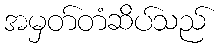
အမှတ်တံဆိပ်သည်